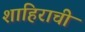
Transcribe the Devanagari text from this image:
शाहिराची